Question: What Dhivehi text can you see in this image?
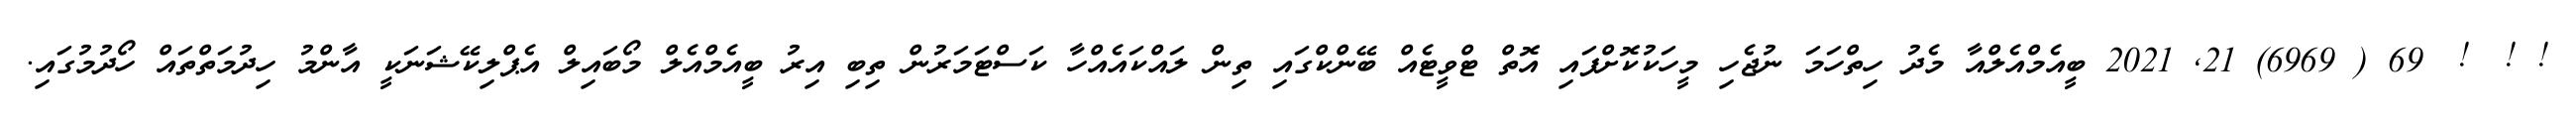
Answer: ! !? !? 69 ( 6969) 21, 2021 ބީއެމްއެލްއާ މެދު ހިތްހަމަ ނުޖެހި މީހަކުކޮށްފައި އޮތް ޓްވީޓެއް ބޭންކްގައި ތިން ލައްކައެއްހާ ކަސްޓަމަރުން ތިބި އިރު ބީއެމްއެލް މޯބައިލް އެޕްލިކޭޝަނަކީ އާންމު ހިދުމަތްތައް ހޯދުމުގައި.